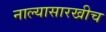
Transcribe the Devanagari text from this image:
नाल्यासारखीच